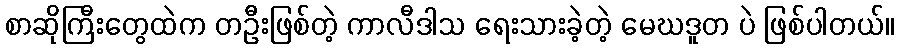
စာဆိုကြီးတွေထဲက တဦးဖြစ်တဲ့ ကာလီဒါသ ရေးသားခဲ့တဲ့ မေဃဒူတ ပဲ ဖြစ်ပါတယ်။